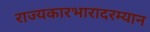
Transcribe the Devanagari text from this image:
राज्यकारभारादरम्यान